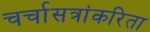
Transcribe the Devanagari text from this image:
चर्चासत्रांकरिता